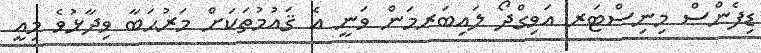
ޑިފެންސް މިނިސްޓަރ އަވިގްދޯ ލައިބަރމަން ވަނީ އެ ޤައުމުތަކަށް މަރުޙަބާ ވިދާޅުވެ މިއީ